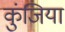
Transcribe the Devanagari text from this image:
कुंजिया